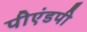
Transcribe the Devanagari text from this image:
पीएंडपी